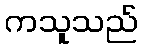
ကသူသည်